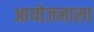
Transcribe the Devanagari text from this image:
आयोजनाला